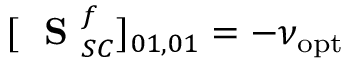
[ \mathrm { ~ \bf ~ S ~ } _ { S C } ^ { f } ] _ { 0 1 , 0 1 } = - \nu _ { \mathrm { o p t } }